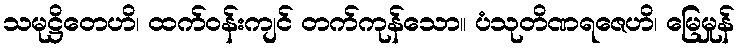
သမုဋ္ဌိတေဟိ၊ ထက်ဝန်းကျင် တက်ကုန်သော။ ပံသုတိဏရဇေဟိ၊ မြေမှုန်